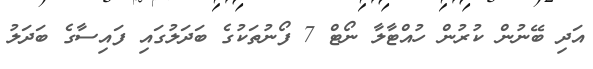
އަދި ބޭނުން ކުރުން ހުއްޓާލާ ނޯޓް 7 ފޯނުތަކުގެ ބަދަލުގައި ފައިސާގެ ބަދަލު